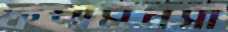
ফণীমনসা